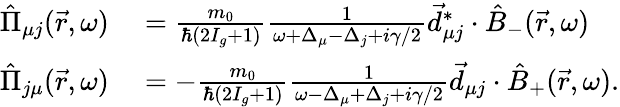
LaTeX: \begin{array}{rl}{\hat{\Pi}_{\mu j}(\vec{r},\omega)}&{{}=\frac{m_{0}}{\hbar(2I_{g}+1)}\frac{1}{\omega+\Delta_{\mu}-\Delta_{j}+i\gamma/2}\vec{d}_{\mu j}^{*}\cdot\hat{B}_{-}(\vec{r},\omega)}\\ {\hat{\Pi}_{j\mu}(\vec{r},\omega)}&{{}=-\frac{m_{0}}{\hbar(2I_{g}+1)}\frac{1}{\omega-\Delta_{\mu}+\Delta_{j}+i\gamma/2}\vec{d}_{\mu j}\cdot\hat{B}_{+}(\vec{r},\omega).}\end{array}